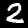
Digit: 2